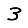
Digit: 3